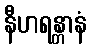
နီဟရန္တာနံ